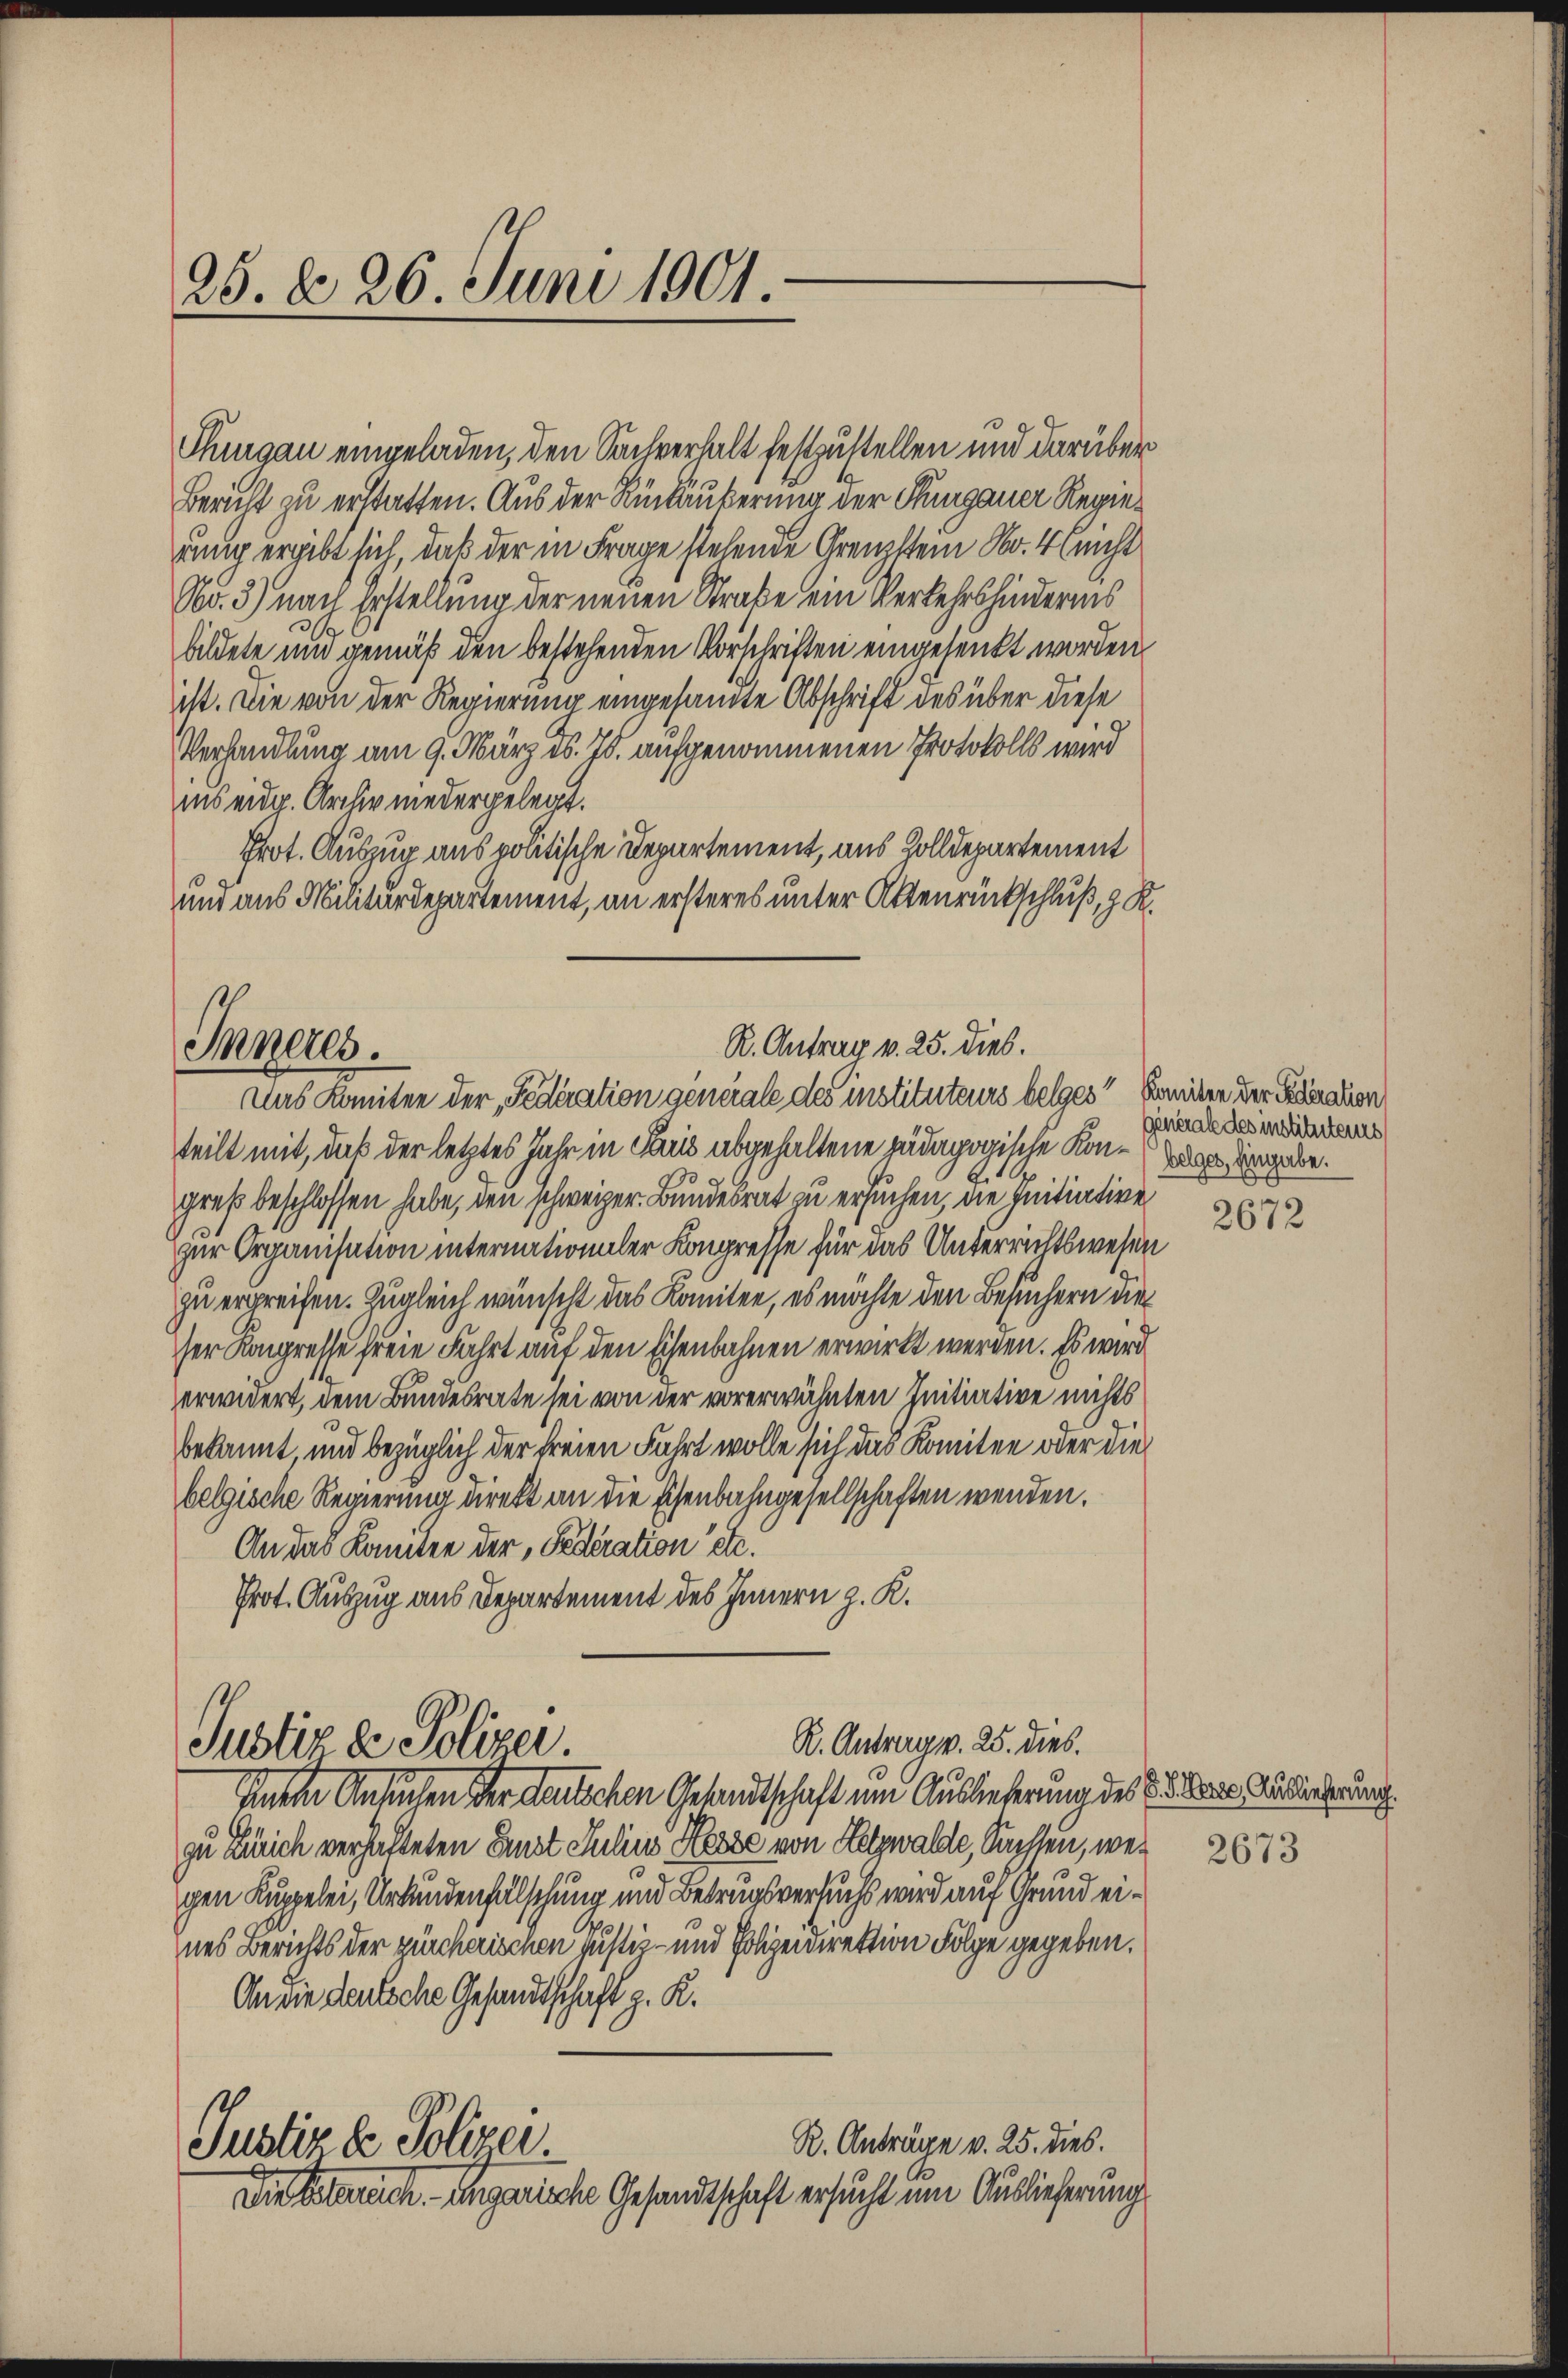
25. d. 26. Juni 1901.

Thurgau eingeladen, den Sachverhalt festzustellen und darüber
Bericht zu erstatten. Aus der Rückäuberung der Thurgauer Regierung ergibt sich, daß der in Frage stehende Grenzstein Nr. 4 nicht
No. 3) nach Erstellung der neuen Straße ein Verkehrshindernis
s
bildete und gemäß den bestehenden Vorschriften eingesenkt worden.
ist. Die von der Regierung eingesamte Abschrift des über diese
Verhandlung am 9. März es. Js. aufgenommenen Protokolls wird
ins eidg. Archiv niedergelegt.
Prot. Auszug aus politische Departement, aus Solldepartement
und aus Militärdepartement, an ersteres unter Aktenrückschluß, z. R.
R. Antrag v. 25. dies.
Inneres.
Das Komitee der „Fedération generale des instituteurs belges“ Komiten der Ferdination
teilt mit, daß der letztes Jahr in Paris abgehaltene pädagogische Kon-Tage angabe.
greß beschlossen habe, den schweizer Bundesrat zu ersuchen, die Initiative
zur Organisation internationaler Kongresse für das Unterrichtswesen
zu ergreifen. Zugleich wünscht das Komiten, es möchte den Besuchern die
ser Kongresse freie Fahrt auf den Eisenbahnen erwirkt werden. Es wird
erwidert, dem Bundesrate sei von der vorerwähnten Initiative nichts
bekannt, und bezüglich der freien Fahrt wolle sich das Komiten oder die
belgische Regierung direkt an die Eisenbahngesellschaften werden.
An das konnten der Federation etc.
Prot. Auszug aus Departement des Innern z. K.

R. Antrag v. 25. dies.
Justiz & Polizei
Einem Ansuchen der deutschen Gesandtschaft um Auslieferung des E. aus Anderterung.

zu Zürich verhalteten Ernst Julius Hesse von Holzwalde, Kassen, wes
gen Kuppelei, Urkundenfälschung und Betrugsversuchs wird auf Grund eines Berichts der zürcherischen Justiz- und Polizeidirektion Folge gegeben.
An die deutsche Gesandtschaft z. K.
R. Anträge v. 25. dies.
Justiz & Polizei
Die Albrech-ungarische Gesandtschaft ersucht um Auslieferung

generale des instituteurs

2672

2673